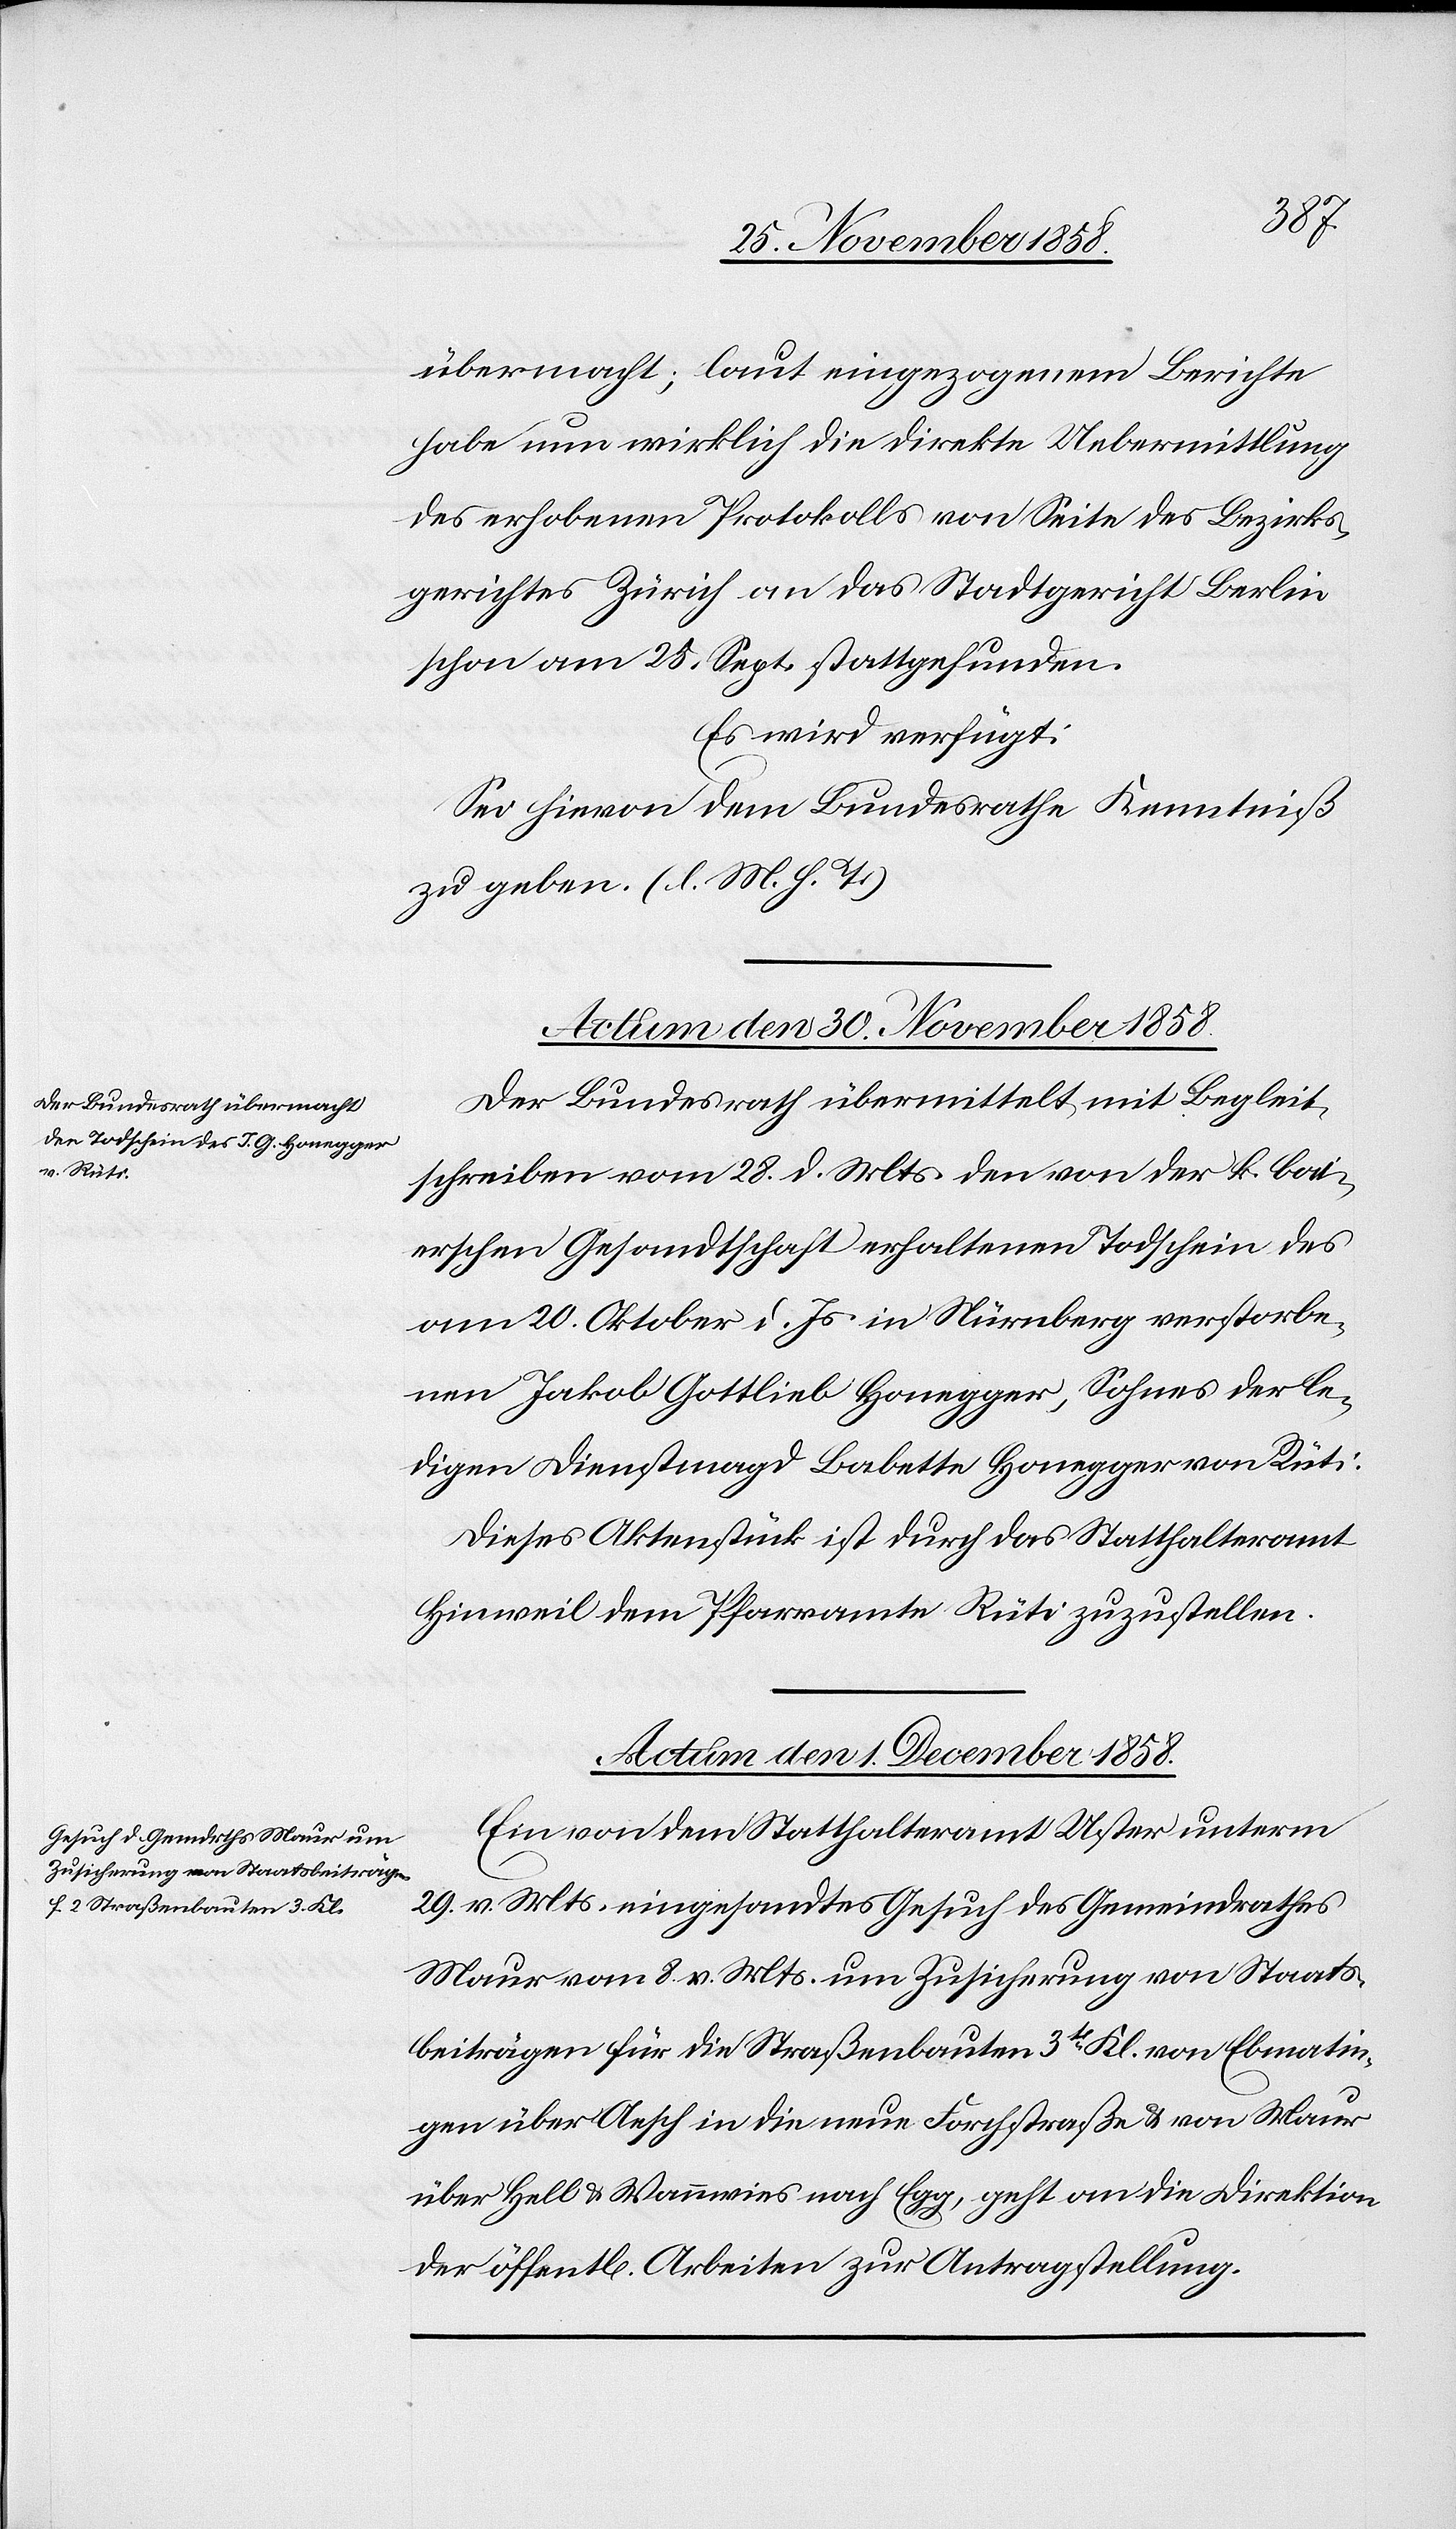
übermacht; laut eingezogenem Berichte
habe nun wirklich die direkte Uebermittlung
des erhobenen Protokolls von Seite des Bezirks¬
gerichtes Zürich an das Stadtgericht Berlin
schon am 25. Sept. stattgefunden.
Es wird verfügt:
Sei hievon dem Bundesrathe Kenntniß
zu geben. (l. M. h. T.)
Actum den 30. November 1858.
Der Bundesrath übermittelt mit Begleit¬
schreiben vom 28. d. Mts. den von der k. bai¬
erschen Gesandtschaft erhaltenen Todschein des
am 20. Oktober d. Js. in Nürnberg verstorbe¬
nen Jakob Gottlieb Honegger, Sohnes der le¬
digen Dienstmagd Babette Honegger von Rüti.
Dieses Aktenstück ist durch das Statthalteramt
Hinweil dem Pfarramte Rüti zuzustellen.
Actum den 1. December 1858.
Ein von dem Statthalteramt Uster unterm
29. v. Mts. eingesandtes Gesuch des Gemeindrathes
Maur vom 8. v. Mts. um Zusicherung von Staats¬
beiträgen für die Straßenbauten 3t Kl. von Ebmatin¬
gen über Aesch in die neue Forchstraße & von Maur
über Hell & Wannwies nach Egg, geht an die Direktion
der öffentl[ichen] Arbeiten zur Antragstellung.